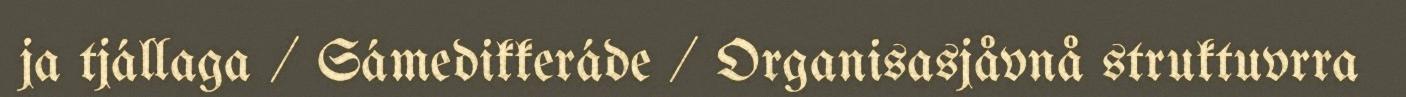
ja tjállaga / Sámedikkeráde / Organisasjåvnå struktuvrra